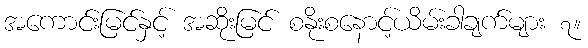
အကောင်းမြင်နှင့် အဆိုးမြင် စနိုးစနောင့်ယိမ်းခါချက်များ ၇။